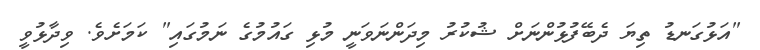
"އަޅުގަނޑު ތިޔަ ދެބޭފުޅުންނަށް ޝުކުރު މިދަންނަވަނީ މުޅި ގައުމުގެ ނަމުގައި" ކަމަށެވެ. ވިދާޅުވީ